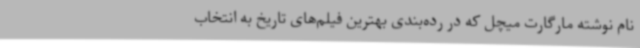
نام نوشته مارگارت میچل که در رده‌بندی بهترین فیلم‌های تاریخ به انتخاب